Report on vaccination proceedings throughout the Government of Bengal -
Year: 1868
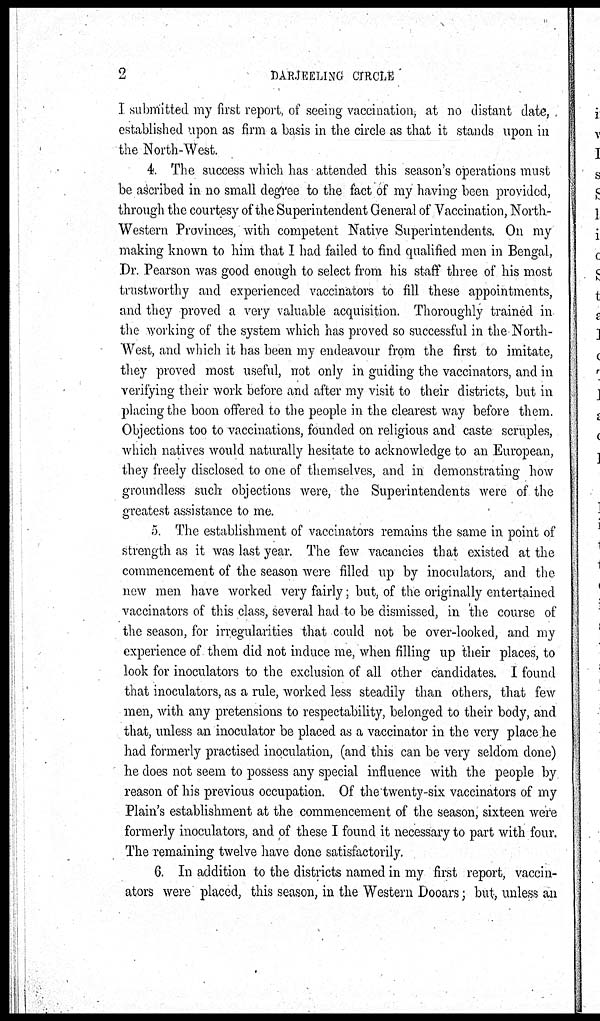
2
DARJEELING CIRCLE
I submitted my first report, of seeing vaccination, at no distant date,
established upon as firm a basis in the circle as that it stands upon in
the North-West.
4.The success which has attended this season's operations must
be ascribed in no small degree to the fact of my having been provided,
through the courtesy of the Superintendent General of Vaccination, North-
Western Provinces, with competent Native Superintendents. On my
making known to him that I had failed to find qualified men in Bengal,
Dr. Pearson was good enough to select from his staff three of his most
trustworthy and experienced vaccinators to fill these appointments,
and they proved a very valuable acquisition. Thoroughly trained in
the working of the system which has proved so successful in the North-
West, and which it has been my endeavour from the first to imitate,
they proved most useful, not only in guiding the vaccinators, and in
verifying their work before and after my visit to their districts, but in
placing the boon offered to the people in the clearest way before them.
Objections too to vaccinations, founded on religious and caste scruples,
which natives would naturally hesitate to acknowledge to an European,
they freely disclosed to one of themselves, and in demonstrating how
groundless such objections were, the Superintendents were of the
greatest assistance to me.
5. The establishment of vaccinators remains the same in point of
strength as it was last year. The few vacancies that existed at the
commencement of the season were filled up by inoculators, and the
new men have worked very fairly; but, of the originally entertained
vaccinators of this class, several had to be dismissed, in the course of
the season, for irregularities that could not be over-looked, and my
experience of them did not induce me, when filling up their places, to
look for inoculators to the exclusion of all other candidates. I found
that inoculators, as a rule, worked less steadily than others, that few
men, with any pretensions to respectability, belonged to their body, and
that, unless an inoculator be placed as a vaccinator in the very place he
had formerly practised inoculation, (and this can be very seldom done)
he does not seem to possess any special influence with the people by
reason of his previous occupation. Of the twenty-six vaccinators of my
Plain's establishment at the commencement of the season, sixteen were
formerly inoculators, and of these I found it necessary to part with four.
The remaining twelve have done satisfactorily.
6. In addition to the districts named in my first report, vaccin-
ators were placed, this season, in the Western Dooars; but, unless an